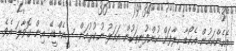
އެހެންކަމުން އެކޯޑާ ހިލާފަށް ކުންފުނިތަކުން އަމަލު ނުކުރުމަށް ސީއެމްޑީއޭ އިން ގޮވާލަ އެވެ.